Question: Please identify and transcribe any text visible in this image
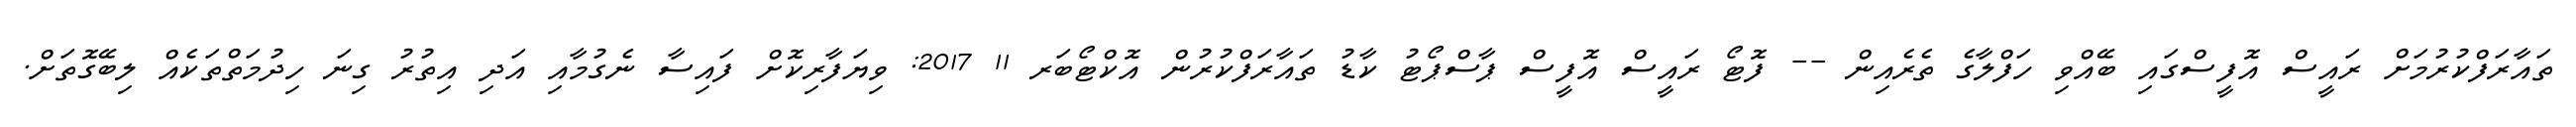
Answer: ތައާރަފްކުރުމަށް ރައީސް އޮފީސްގައި ބޭއްވި ހަފްލާގެ ތެރެއިން -- ފޮޓޯ ރައީސް އޮފީސް ޕާސްޕޯޓު ކާޑު ތައާރަފްކުރުން އޮކްޓޯބަރ 11 2017: ވިޔަފާރިކޮށް ފައިސާ ނެގުމާއި އަދި އިތުރު ގިނަ ހިދުމަތްތަކެއް ލިބޭގޮތަށް.